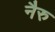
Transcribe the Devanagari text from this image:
नैरु